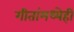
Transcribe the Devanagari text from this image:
गीतांमध्येही